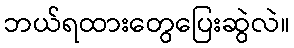
ဘယ်ရထားတွေပြေးဆွဲလဲ။